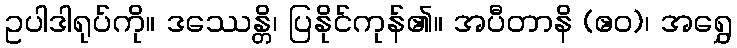
ဥပါဒါရုပ်ကို။ ဒဿေန္တိ၊ ပြနိုင်ကုန်၏။ အပီတာနိ (ဧဝ)၊ အရွှေ